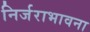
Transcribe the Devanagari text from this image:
निर्जराभावना